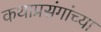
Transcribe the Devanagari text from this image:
कथाप्रसंगांच्या